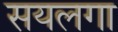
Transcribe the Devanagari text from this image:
सयलगा